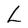
Character: L